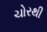
ચોરથી